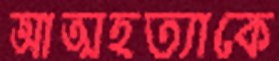
আত্মহত্যাকে